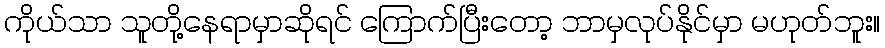
ကိုယ်သာ သူတို့နေရာမှာဆိုရင် ကြောက်ပြီးတော့ ဘာမှလုပ်နိုင်မှာ မဟုတ်ဘူး။